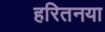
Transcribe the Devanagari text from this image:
हरितनया